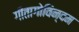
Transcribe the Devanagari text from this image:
गीतागोविन्दम